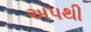
અપથી